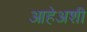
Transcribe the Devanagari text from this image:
आहेअशी